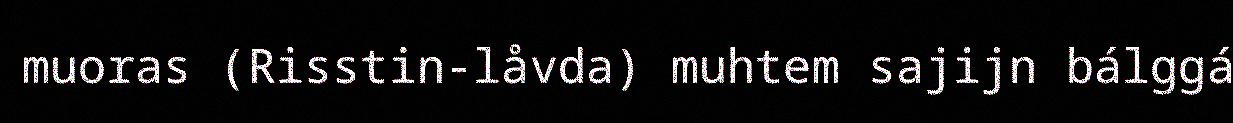
muoras (Risstin-låvda) muhtem sajijn bálggá